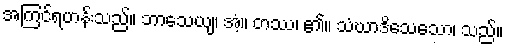
အကြင်ရဟန်းသည်။ ဘာသေယျ၊ အံ့။ တဿ၊ ၏။ သံဃာဒိသေသော၊ သည်။